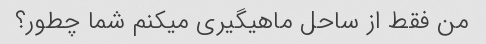
من فقط از ساحل ماهیگیری میکنم شما چطور؟